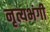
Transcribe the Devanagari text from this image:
नृत्यभंगी